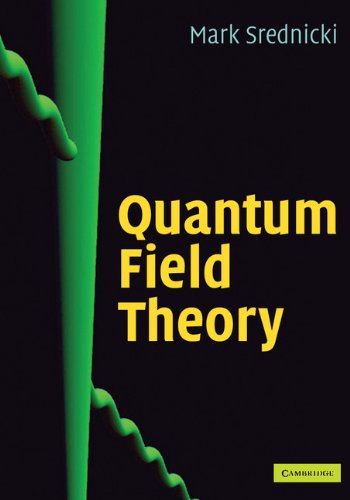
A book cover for Quantum Field Theory; Mark Srednicki; Science & Math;